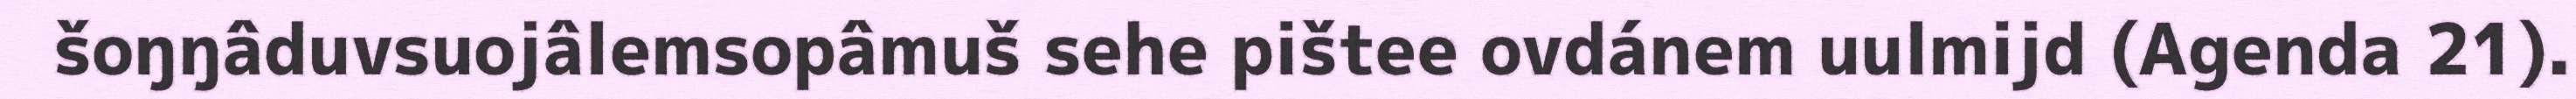
šoŋŋâduvsuojâlemsopâmuš sehe pištee ovdánem uulmijd (Agenda 21).